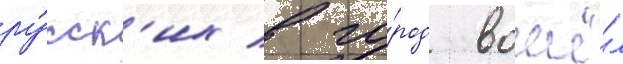
ру́сск'их в го́род вошё́л